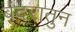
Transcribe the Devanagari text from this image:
बंदरातुन